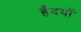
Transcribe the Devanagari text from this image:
हैदयों